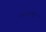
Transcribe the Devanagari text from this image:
यष्ट्यांचा